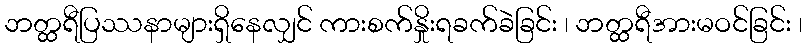
ဘတ္ထရီပြဿနာများရှိနေလျှင် ကားစက်နှိုးရခက်ခဲခြင်း ၊ ဘတ္ထရီအားမဝင်ခြင်း ၊